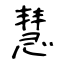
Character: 慧